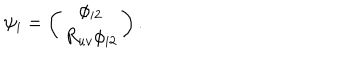
LaTeX: \psi _ { i } = \left( \begin{matrix} { { \phi _ { i 2 } } } \\ { { R _ { u v } \phi _ { i 2 } } } \\ \end{matrix} \right) .